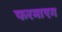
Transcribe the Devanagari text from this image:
फरमाएग